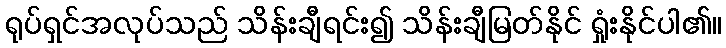
ရုပ်ရှင်အလုပ်သည် သိန်းချီရင်း၍ သိန်းချီမြတ်နိုင် ရှုံးနိုင်ပါ၏။